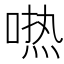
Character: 𱓰